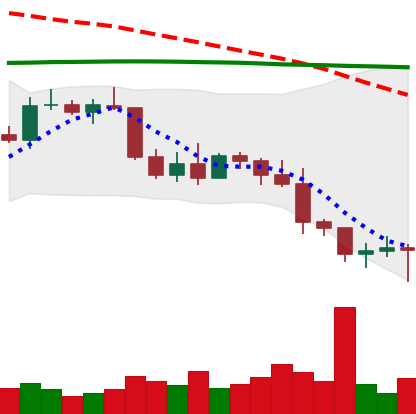
Ticker: BTC-USD
Chart end date: 2022-01-10
Forward return: 3.243%
Label: up_3_5